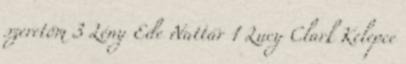
szeretőm 3 Lény Ede Nattár 1 Lucy Clark Kelepce